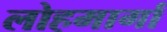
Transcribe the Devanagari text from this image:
लोहमार्गां